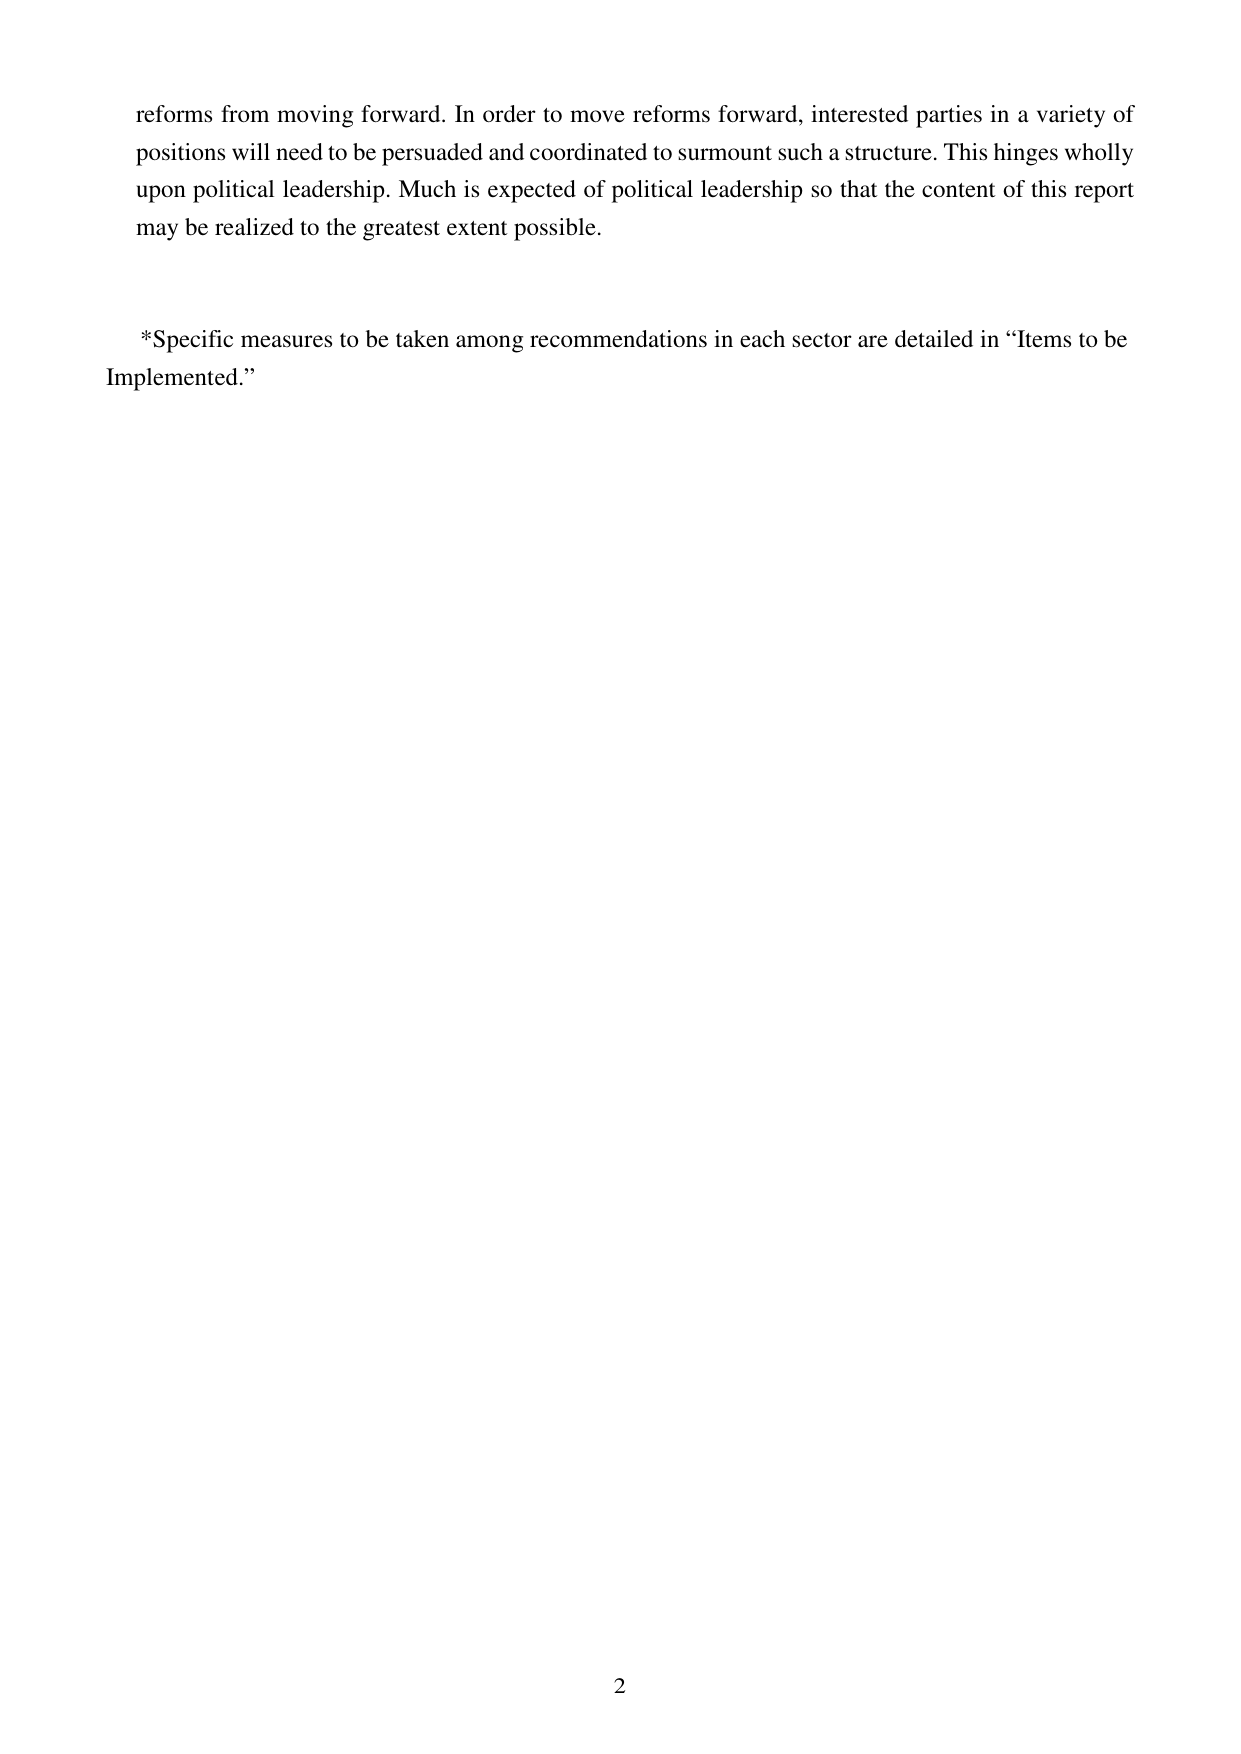
reforms from moving forward. In order to move reforms forward, interested parties in a variety of positions will need to be persuaded and coordinated to surmount such a structure. This hinges wholly upon political leadership. Much is expected of political leadership so that the content of this report may be realized to the greatest extent possible.

*Specific measures to be taken among recommendations in each sector are detailed in “Items to be Implemented.”

2